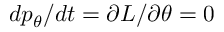
d p _ { \theta } / d t = \partial L / \partial \theta = 0